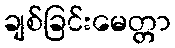
ချစ်ခြင်းမေတ္တာ